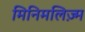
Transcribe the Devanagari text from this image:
मिनिमलिज़्म